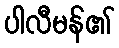
ပါလီမန်၏